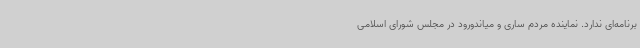
برنامه‌ای ندارد. نماینده مردم ساری و میاندورود در مجلس شورای اسلامی